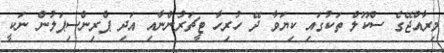
މިރާއްޖޭގެ ސްކޫލް ތަކުގައި ކިޔަވާ ދޭ ހުރިހާ ޓީޗަރުންނާއި އަދި ޕްރިންސިޕަލުން ނަކީ